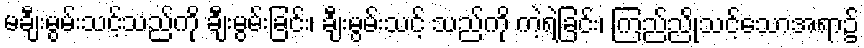
မချီးမွမ်းသင့်သည်ကို ချီးမွမ်းခြင်း၊ ချီးမွမ်းသင့် သည်ကို ကဲ့ရဲ့ခြင်း၊ ကြည်ညိုသင့်သောအရာ၌